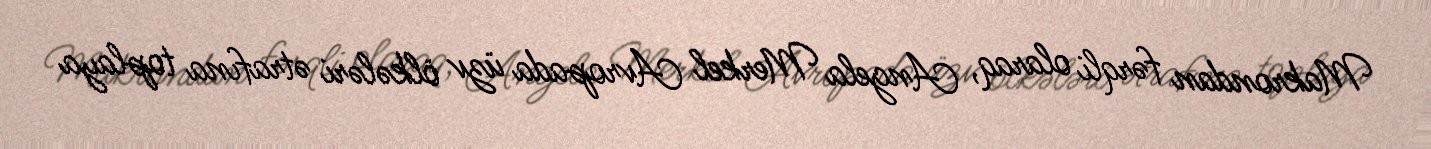
Makrondan fərqli olaraq, Angela Merkel Avropada üzv ölkələri ətrafına toplaya